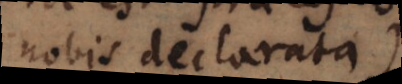
nobis declarata),